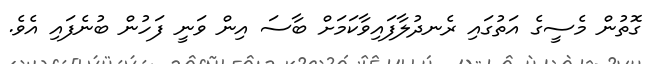
ގޮތުން މެސީގެ އަތުގައި ރެނދުލާފައިވާކަމަށް ބާސަ އިން ވަނީ ފަހުން ބުނެފައި އެވެ.